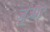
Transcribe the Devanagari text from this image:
जुजार